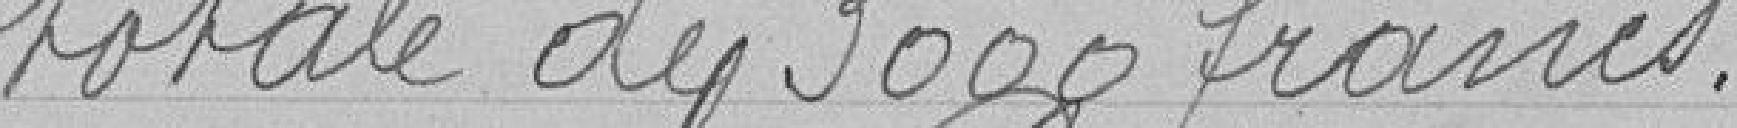
totale de 3000 francs.